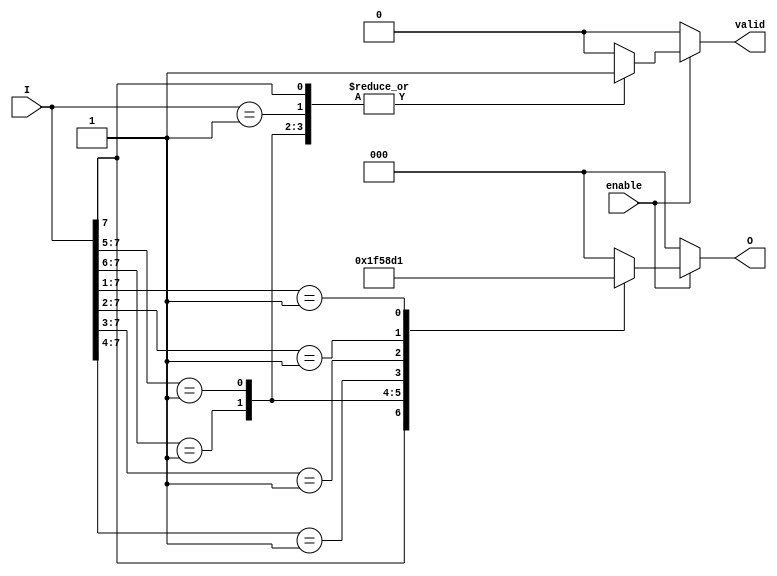
module encoder_8to3 (
    input wire [7:0] I,      // 8 input lines
    input wire enable,       // Enable signal
    output reg [2:0] O,      // 3 output lines
    output reg valid         // Valid signal to indicate active output
);

    always @(*) begin
        if (!enable) begin
            O = 3'b000;       // If not enabled, output is 0
            valid = 1'b0;     // Invalid output
        end else begin
            casez (I)         // Using casez to handle don't care conditions
                8'b1??????? : begin O = 3'b111; valid = 1'b1; end // I7
                8'b01?????? : begin O = 3'b110; valid = 1'b1; end // I6
                8'b001????? : begin O = 3'b101; valid = 1'b1; end // I5
                8'b0001???? : begin O = 3'b100; valid = 1'b1; end // I4
                8'b00001??? : begin O = 3'b011; valid = 1'b1; end // I3
                8'b000001?? : begin O = 3'b010; valid = 1'b1; end // I2
                8'b0000001? : begin O = 3'b001; valid = 1'b1; end // I1
                8'b00000001 : begin O = 3'b000; valid = 1'b1; end // I0
                default: begin
                    O = 3'b000; // Default case for no active input
                    valid = 1'b0; // Invalid output
                end
            endcase
        end
    end

endmodule